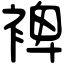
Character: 裨